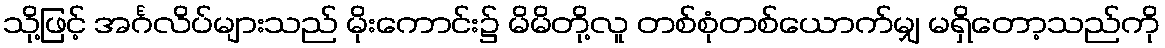
သို့ဖြင့် အင်္ဂလိပ်များသည် မိုးကောင်း၌ မိမိတို့လူ တစ်စုံတစ်ယောက်မျှ မရှိတော့သည်ကို